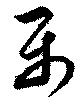
樂